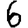
Digit: 6